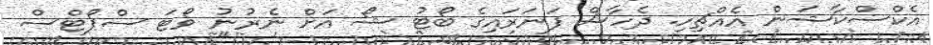
އެކްސްކާޝަން އެއްޗިހި. ދެހާސް ފަނަރައިގެ ބޯޓު ޝޯ އަށް ނެރުނު ވޯޓަ ސްޕޯޓްސް